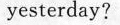
yesterday?